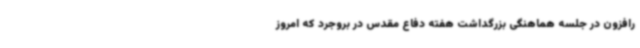
رافزون در جلسه هماهنگی بزرگداشت هفته دفاع مقدس در بروجرد که امروز